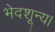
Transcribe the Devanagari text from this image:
भेदशून्य।